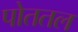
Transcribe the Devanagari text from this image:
पोततल